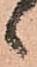
候